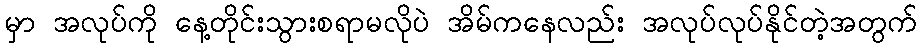
မှာ အလုပ်ကို နေ့တိုင်းသွားစရာမလိုပဲ အိမ်ကနေလည်း အလုပ်လုပ်နိုင်တဲ့အတွက်